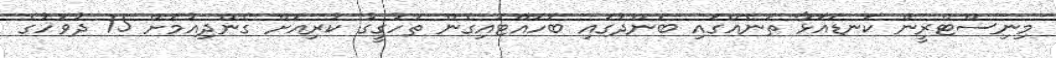
މިނިސްޓްރީން ކަނޑައަޅާ ތަނެއްގައި ބަންދުގައި ބަހައްޓައިގެން ތަހުގީގު ކުރިއަށް ގެންދިއުމަށް 15 ދުވަހުގެ